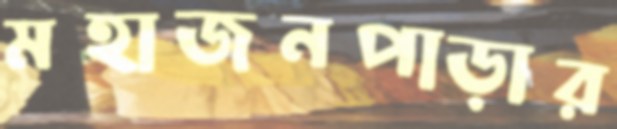
মহাজনপাড়ার